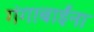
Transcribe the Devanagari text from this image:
गंगाबाईंना